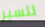
للسير